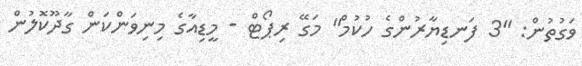
ވަގުތުން: "3 ފަނޑިޔާރުންގެ ހުކުމް" މަގޭ ރިޕޯޓް - މީޑިއާގެ މިނިވަންކަން ގާދޫކޮލުން